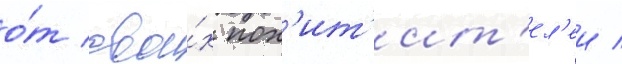
о́т свои́х пох'ит'ит'ел'еи /